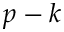
p - k